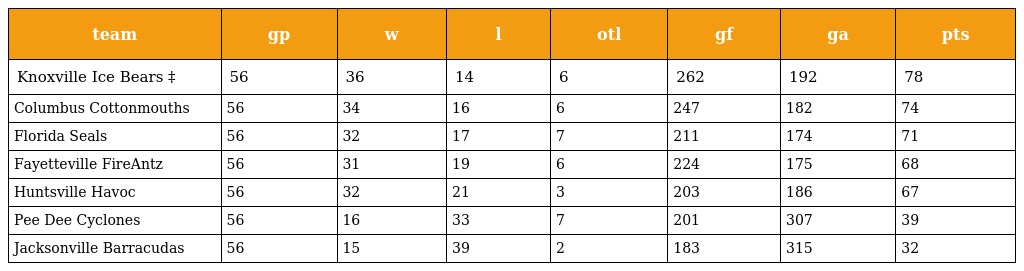
| team | gp | w | l | otl | gf | ga | pts |
 | --- | --- | --- | --- | --- | --- | --- | --- |
 | Knoxville Ice Bears ‡ | 56 | 36 | 14 | 6 | 262 | 192 | 78 |
 | Columbus Cottonmouths | 56 | 34 | 16 | 6 | 247 | 182 | 74 |
 | Florida Seals | 56 | 32 | 17 | 7 | 211 | 174 | 71 |
 | Fayetteville FireAntz | 56 | 31 | 19 | 6 | 224 | 175 | 68 |
 | Huntsville Havoc | 56 | 32 | 21 | 3 | 203 | 186 | 67 |
 | Pee Dee Cyclones | 56 | 16 | 33 | 7 | 201 | 307 | 39 |
 | Jacksonville Barracudas | 56 | 15 | 39 | 2 | 183 | 315 | 32 |